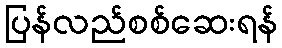
ပြန်လည်စစ်ဆေးရန်